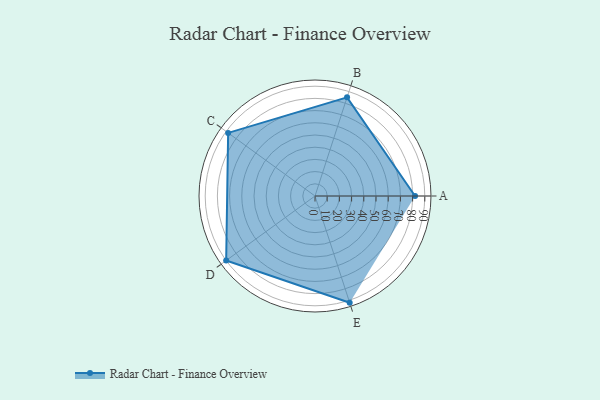
{"axis": {"x": "Skill", "y": "Score"}, "legend": ["Profile"], "data": [{"x": "A", "y": 82.0, "type": "Profile"}, {"x": "B", "y": 85.0, "type": "Profile"}, {"x": "C", "y": 88.0, "type": "Profile"}, {"x": "D", "y": 90.0, "type": "Profile"}, {"x": "E", "y": 92.0, "type": "Profile"}]}